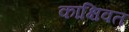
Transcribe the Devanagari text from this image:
काक्षिवत